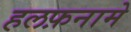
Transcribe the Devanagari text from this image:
हलफ़नामे